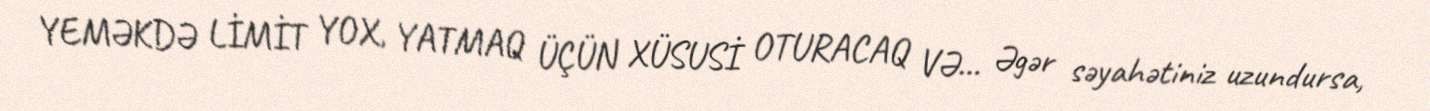
YEMƏKDƏ LİMİT YOX, YATMAQ ÜÇÜN XÜSUSİ OTURACAQ VƏ… Əgər səyahətiniz uzundursa,